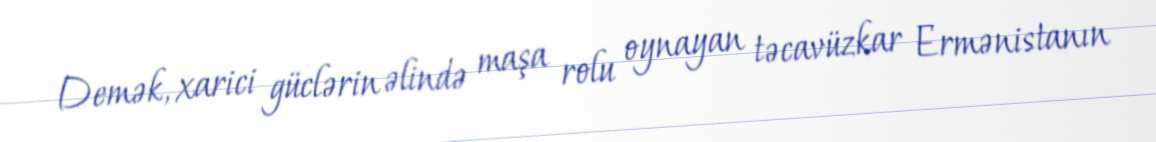
Demək, xarici güclərin əlində maşa rolu oynayan təcavüzkar Ermənistanın